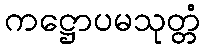
ကဋ္ဌောပမသုတ္တံ